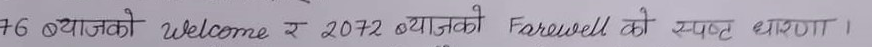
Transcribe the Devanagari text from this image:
76 ब्याजको Welcome र 2072 ब्याजको Farewell को स्पष्ट धारणा ।